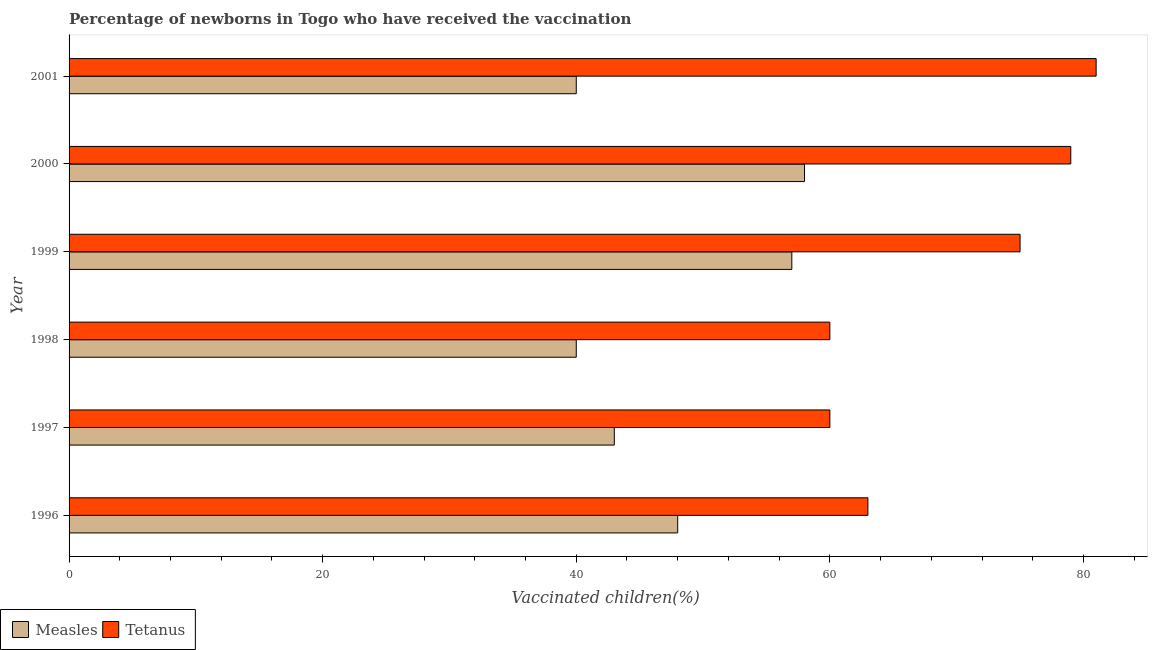
| Year | Measles | Tetanus |
 | --- | --- | --- |
 | 1996 | 48 | 63 |
 | 1997 | 43 | 60 |
 | 1998 | 40 | 60 |
 | 1999 | 57 | 75 |
 | 2000 | 58 | 79 |
 | 2001 | 40 | 81 |